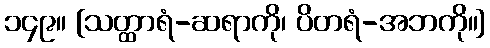
၁၄၉။ [သတ္ထာရံ-ဆရာကို၊ ပိတရံ-အဘကို။]